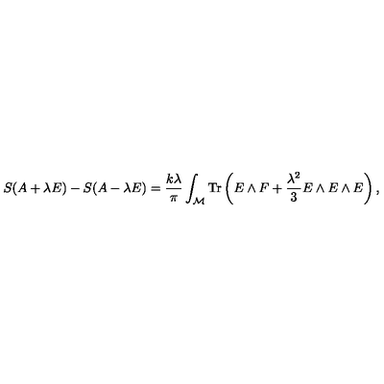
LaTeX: S ( A + \lambda E ) - S ( A - \lambda E ) = { \frac { k \lambda } { \pi } } \int _ { \cal M } \mathrm { T r } \left( E \wedge F + { \frac { \lambda ^ { 2 } } { 3 } } E \wedge E \wedge E \right) ,